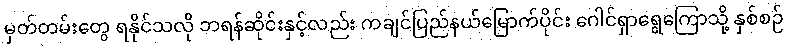
မှတ်တမ်းတွေ ရနိုင်သလို ဘရန်ဆိုင်းနှင့်လည်း ကချင်ပြည်နယ်မြောက်ပိုင်း ဂေါင်ရှာရွေကြောသို့ နှစ်စဉ်